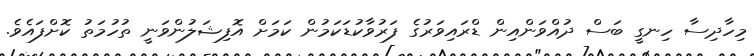
މިހާދިސާ ހިނގީ ބަސް ދުއްވަންއިން ޑްރައިވަރުގެ ފަރުވާކުޑަކަމުން ކަމަށް އޮފިޝަލުންވަނީ ތުހުމަތު ކޮށްފައެވެ.